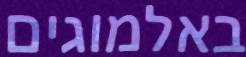
באלמוגים